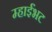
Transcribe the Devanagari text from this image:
म्हाईंभट